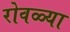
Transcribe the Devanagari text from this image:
रोवळ्या